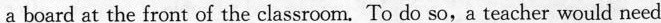
a board at the front of the classroom. To do so,a teacher would need